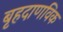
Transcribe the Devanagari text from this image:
बृहदाणविक